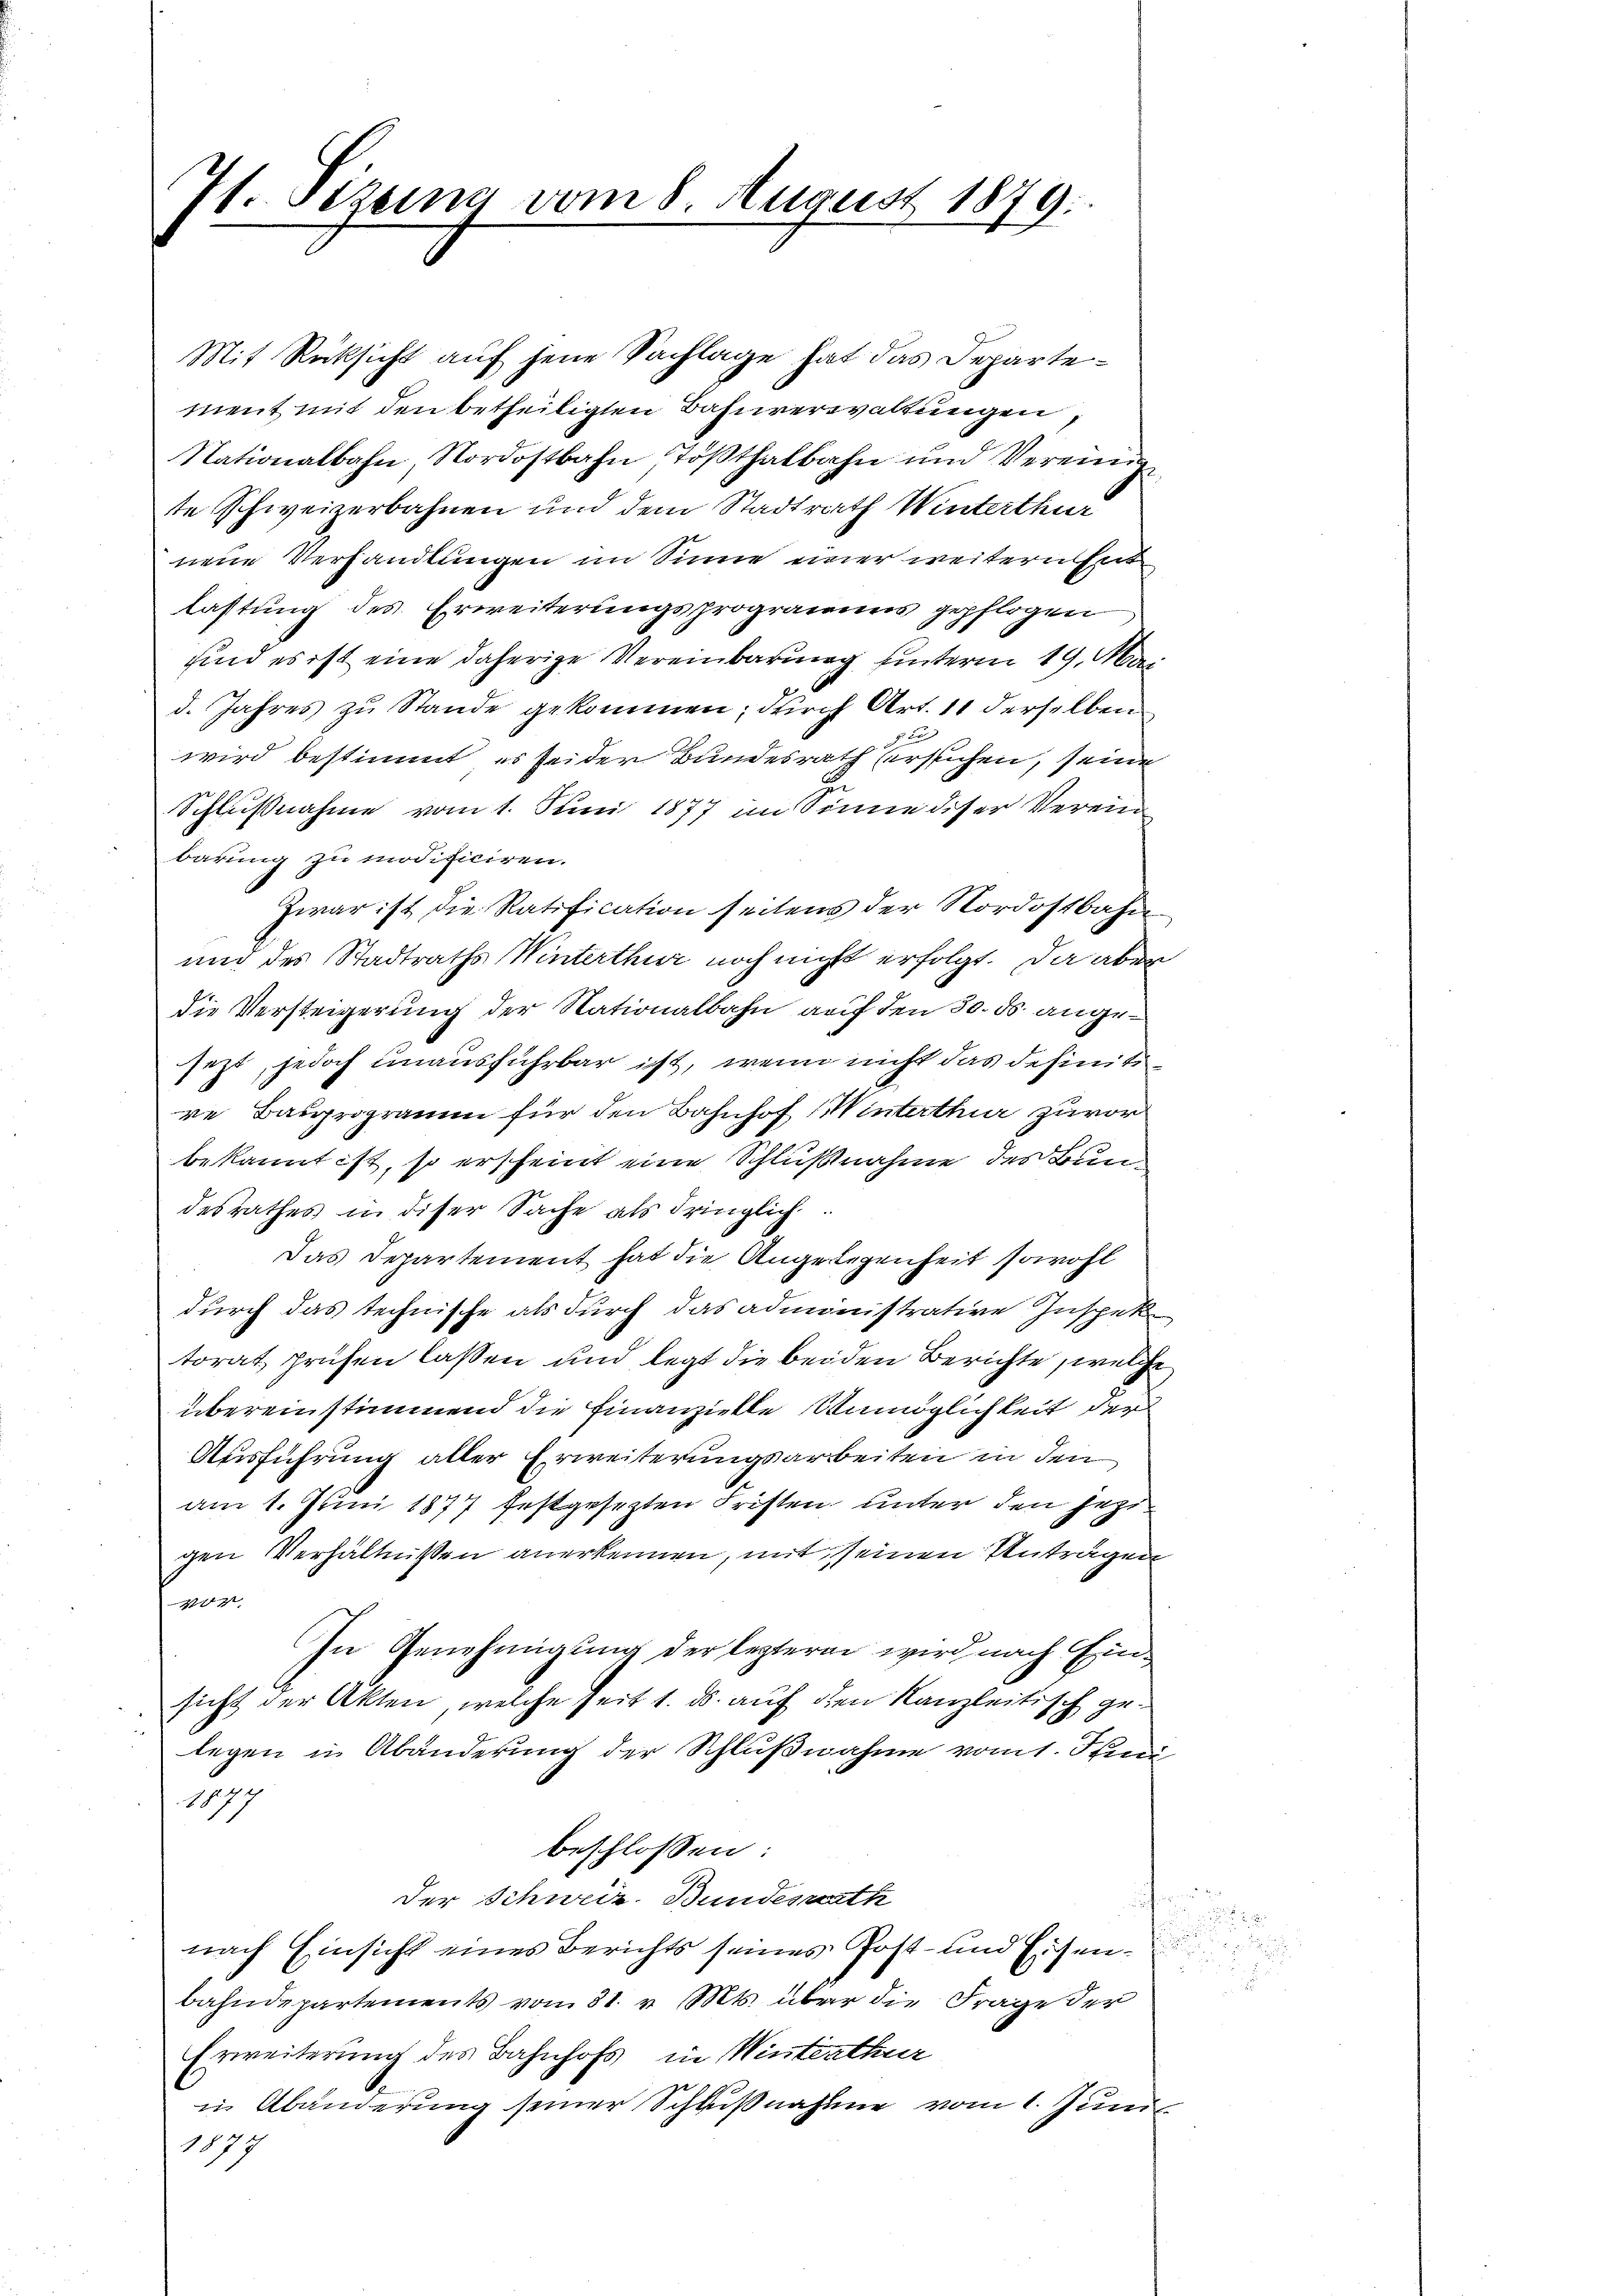
7t. Stzung vom 8. August 1879.

Mit Rücksicht auf jene Sachlage hat das Departement mit den betheiligten Bahnverwaltungen,
Nationalbahn, Nordostbahn, Tößthalbahn und Vereinig
te Schweizerbahnen und dem Stadtrath Winterthur
nene Verhandlungen im Sinne einer weitern Ent
lastung des Erweiterungsprogramms gepflogen
und es ist eine daherige Vereinbarung hinterm 19. Mai
d. Jahres zu Stande gekommen; durch Art. 11 derselben
2 x
wird bestimmt, es seider Bundesrath ersuchen, seine
Schlußnahme vom 1. Juni 1877 im Sinne diser Verein
barung zu modificiren.
Zwar ist die Ratification seitens der Nordostbahn
und des Stadtraths Winterthur noch nicht erfolgt. Da abe
die Versteigerung der Nationalbahn auf den 30. ds. angejezt, jedoch unausführbar ist, wenn nicht das definitire Bauprogramm für den Bahnhof (Winterthur zuvor
bekannt ist, so erscheint eine Schlußnahme des Bundesrathes in diser Sache als dringlich
Das Departement hat die Angelegenheit sowohl
durch das technische als durch das administrative Inspektorat prühen lassen und legt die beiden Berichte, welche
übereinstimmend die Finanzielle Unmöglichkeit der
Ausführung aller Erweiterungsarbeiten in den
am 1. Juni 1877 festgesezten Fristen unter den jetztgen Verhältnissen anerkennen, mit seinen Anträgen
r
In Genehmigung der lezteren wird nach Einsicht der Akten, welche seit 1. ds. auf den Kanzleitisch gelegen in Abänderung der Schlußnahme vom 1. Jun
177
beschlossen:
der Schweiz. Bundesrath
nach Einsicht eines Berichts seines Post- und Eisen-
bahndepartements vom 31. v. Mts. über die Frage der
Erweiterung des Bahnhofs in Winterthur
in Abänderung seiner Schlŭβnahme vom 1. Juni
1877

t

.

u